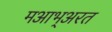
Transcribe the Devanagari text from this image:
मआभ्अरत